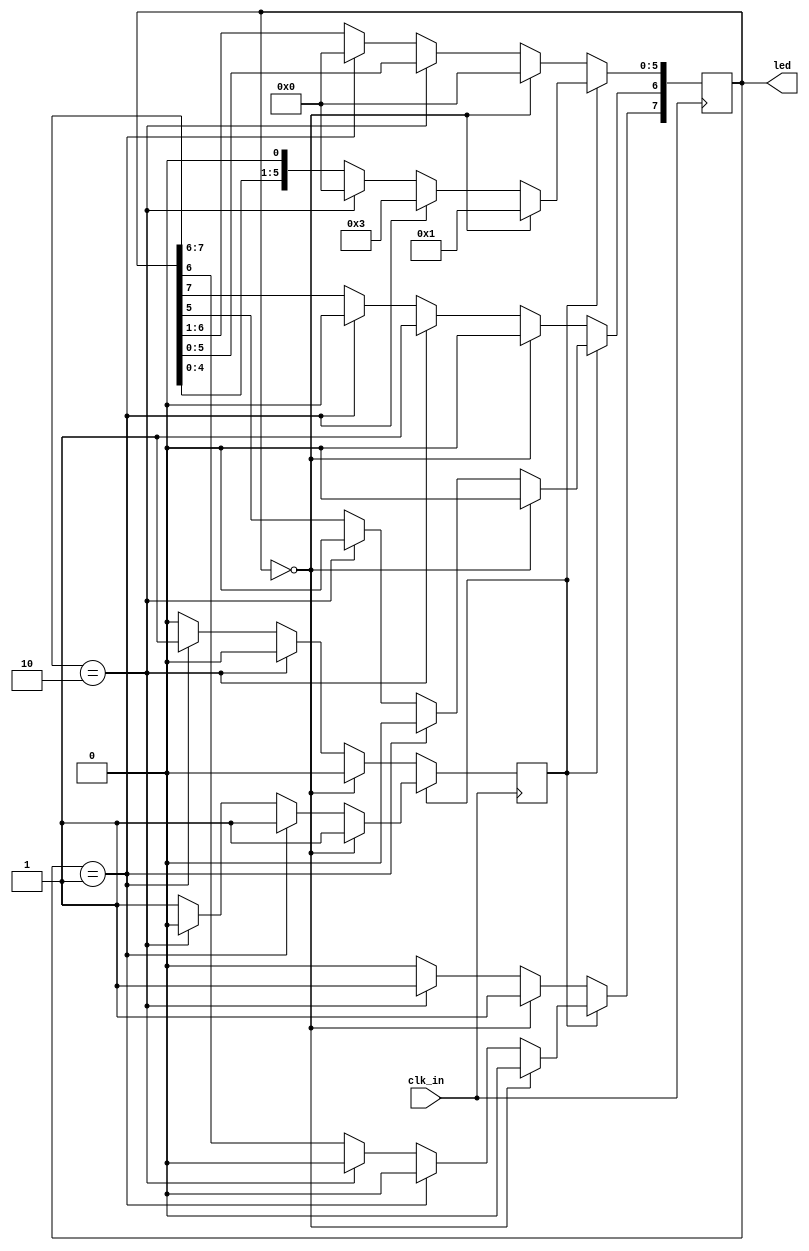
`timescale 1ns / 1ps
//////////////////////////////////////////////////////////////////////////////////
// knight rider pattern
//


module knight # (parameter integer WIDTH = 8)
    (
     output reg [WIDTH-1:0] led,
     input                  clk_in
     //input reset
     );

    reg                     dir;
    wire                    clk;

    always @(posedge clk_in) begin
        if (dir == 1) begin
            if (led == 0)
                led <= 1;
            else if (led == 1)
                led <= 2'b11;
            else if (led[WIDTH-1:WIDTH-2] == 2'b10) begin
                led <= 0;
                dir <= 0;
            end
            else
                led <= led << 1;
        end
        else begin
            if (led == 0) begin
                led[WIDTH-2:0] <= 0;
                led[WIDTH-1] <= 1;
            end
            else if (led[WIDTH-1:WIDTH-2] == 2'b10)
                led[WIDTH-1:WIDTH-2] <= 2'b11;
            else if (led == 1) begin
                led <= 0;
                dir <= 1;
            end
            else
                led <= led >> 1;
        end
    end


endmodule